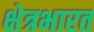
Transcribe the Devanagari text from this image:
क्षेत्रभारत